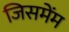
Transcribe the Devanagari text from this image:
जिसमेंम